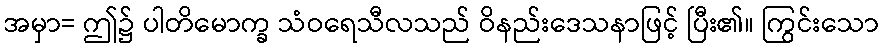
အမှာ= ဤ၌ ပါတိမောက္ခ သံဝရေသီလသည် ဝိနည်းဒေသနာဖြင့် ပြီး၏။ ကြွင်းသော